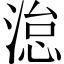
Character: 𪶩